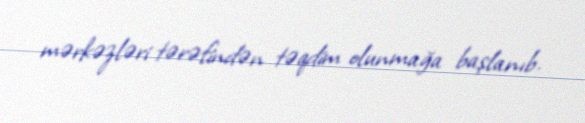
mərkəzləri tərəfindən təqdim olunmağa başlanıb.